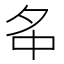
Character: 𡖌